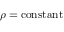
\rho = { \mathrm { c o n s t a n t } }